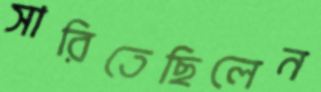
সারিতেছিলেন